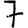
Digit: 7